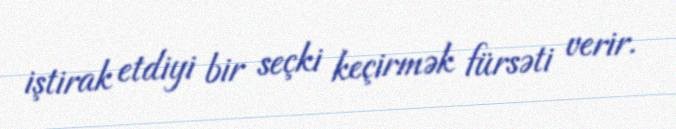
iştirak etdiyi bir seçki keçirmək fürsəti verir.